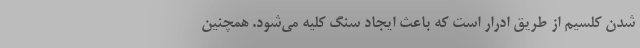
شدن کلسیم از طریق ادرار است که باعث ایجاد سنگ کلیه می‌شود. همچنین